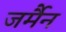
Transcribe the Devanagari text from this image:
जर्मैन